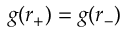
g ( r _ { + } ) = g ( r _ { - } )